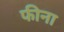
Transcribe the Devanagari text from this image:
फीना